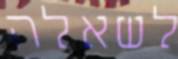
לשאלה